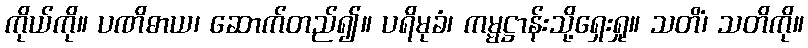
ကိုယ်ကို။ ပဏိဓာယ၊ ဆောက်တည်၍။ ပရိမုခံ၊ ကမ္မဋ္ဌာန်းသို့ရှေးရှု။ သတိံ၊ သတိကို။